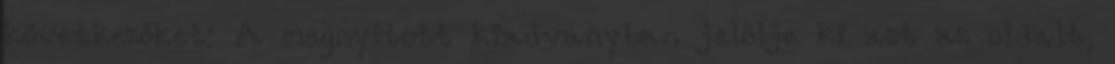
következőket: A megnyitott kiadványban jelölje ki azt az oldalt,